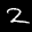
Label: 2